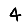
Digit: 4